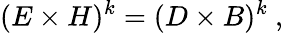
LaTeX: (E\times H)^{k}=(D\times B)^{k}\ ,